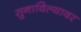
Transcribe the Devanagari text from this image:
सुनाविल्यावर